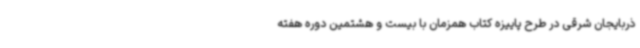
ذربایجان شرقی در طرح پاییزه کتاب همزمان با بیست و هشتمین دوره هفته